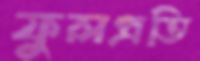
ফুলপ্রতি